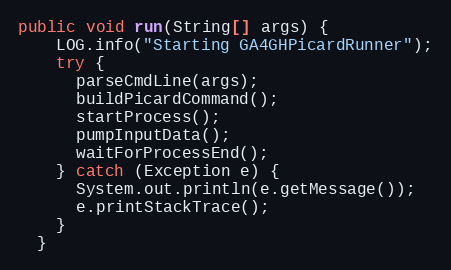
Language: Java
public void run(String[] args) {
    LOG.info("Starting GA4GHPicardRunner");
    try {
      parseCmdLine(args);
      buildPicardCommand();
      startProcess();
      pumpInputData();
      waitForProcessEnd();
    } catch (Exception e) {
      System.out.println(e.getMessage());
      e.printStackTrace();
    }
  }